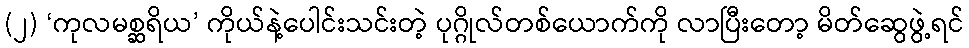
(၂) ‘ကုလမစ္ဆရိယ’ ကိုယ်နဲ့ပေါင်းသင်းတဲ့ ပုဂ္ဂိုလ်တစ်ယောက်ကို လာပြီးတော့ မိတ်ဆွေဖွဲ့ရင်